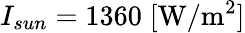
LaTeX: I_{sun}=1360\; \mathrm{[W/m^{2}]}